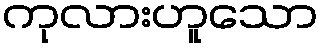
ကုလားဟူသော